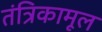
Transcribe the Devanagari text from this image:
तंत्रिकामूल